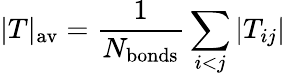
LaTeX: |T|_{\mathrm{av}}=\frac{1}{N_{\mathrm{bonds}}}\sum_{i<j}|T_{ij}|